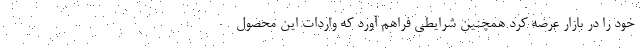
خود را در بازار عرضه کرد همچنین شرایطی فراهم آورد که واردات این محصول